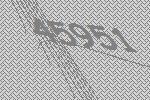
45951